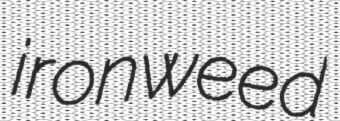
ironweed